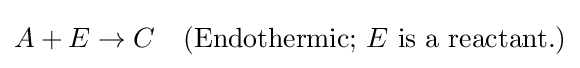
A+E\to C\quad {\text{(Endothermic; }}E{\text{ is a reactant.)}}